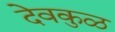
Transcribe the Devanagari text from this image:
देवकुळ